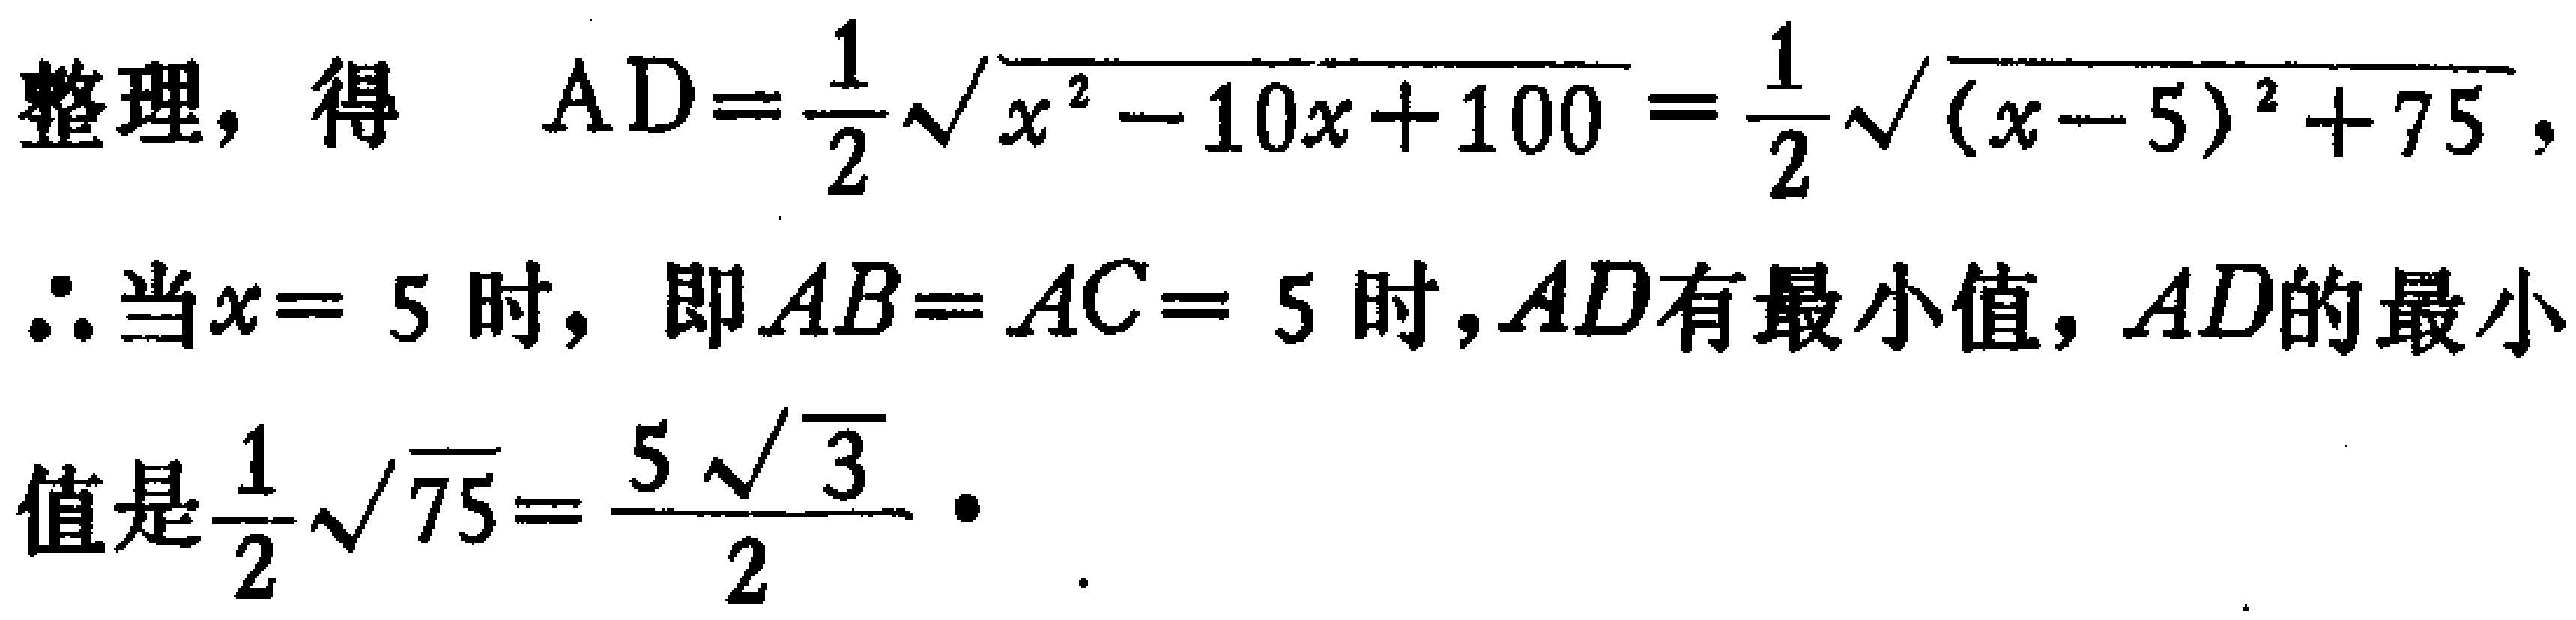
整理，得 \[ \mathrm{AD}=\frac{1}{2}\sqrt{x^{2}-10x + 100}=\frac{1}{2}\sqrt{(x - 5)^{2}+75} ,\]

\(\therefore\)当\(x = 5\)时，即\(AB = AC = 5\)时，\(AD\)有最小值，\(AD\)的最小

值是\(\frac{1}{2}\sqrt{75}=\frac{5\sqrt{3}}{2}\)．